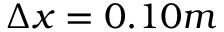
\Delta x = 0 . 1 0 m